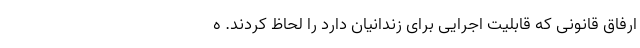
ارفاق قانونی که قابلیت اجرایی برای زندانیان دارد را لحاظ کردند. ه